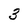
Character: 3